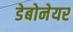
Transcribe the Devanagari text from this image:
डेबोनेयर